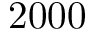
2 0 0 0